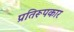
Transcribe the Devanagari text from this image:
प्रतिरूपकार